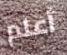
أعلم